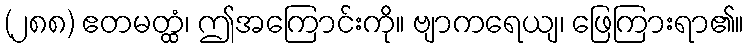
(၂၈၈) ဧတမတ္ထံ၊ ဤအကြောင်းကို။ ဗျာကရေယျ၊ ဖြေကြားရာ၏။